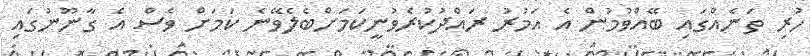
ހުރި ތަނެއްގައި ބޭއްވުމުން އެ އަމުރު ރައްދުކުރެވުނީކަމަށްބެލެވޭނެ ކަމަށް ވެސް އެ ގާނޫނުގައި